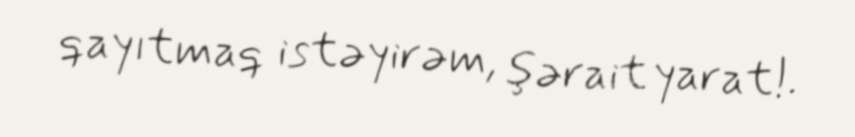
qayıtmaq istəyirəm, şərait yarat!.